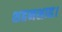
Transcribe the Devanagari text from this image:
शहनशाह।